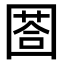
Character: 𡈐